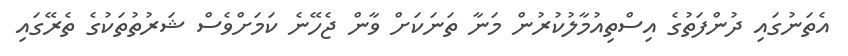
އެތަނުގައި ދުންފަތުގެ އިސްތިއުމާލުކުރުން މަނާ ތަނަކަށް ވާން ޖެހޭނެ ކަމަށްވެސް ޝަރުތުތަކުގެ ތެރޭގައި